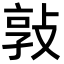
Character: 𭣸